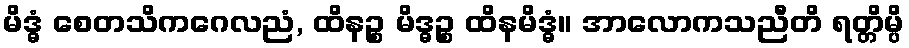
မိဒ္ဓံ စေတသိကဂေလညံ, ထိနဉ္စ မိဒ္ဓဉ္စ ထိနမိဒ္ဓံ။ အာလောကသညီတိ ရတ္တိမ္ပိ